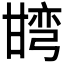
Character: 𭺯